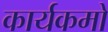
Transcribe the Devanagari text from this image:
कार्यकमो